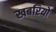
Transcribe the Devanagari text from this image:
खबरियो